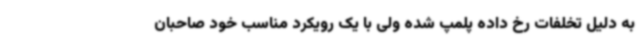
به دلیل تخلفات رخ داده پلمپ شده ولی با یک رویکرد مناسب خود صاحبان